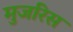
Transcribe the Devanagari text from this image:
मुजरिस